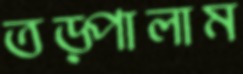
তড়্‌পালাম